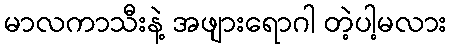
မာလကာသီးနဲ့ အဖျားရောဂါ တဲ့ပါ့မလား